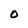
Character: O